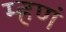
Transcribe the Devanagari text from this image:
म्हणं